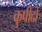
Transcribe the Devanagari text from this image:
कुपीदो